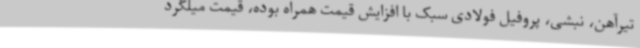
تیرآهن، نبشی، پروفیل فولادی سبک با افزایش قیمت همراه بوده، قیمت میلگرد